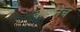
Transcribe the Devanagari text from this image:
कर्मानेच